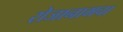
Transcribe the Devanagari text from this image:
रोजानामचा